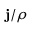
\ensuremath { \mathbf { j } } / \rho